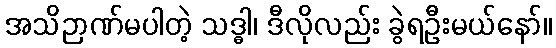
အသိဉာဏ်မပါတဲ့ သဒ္ဓါ၊ ဒီလိုလည်း ခွဲရဦးမယ်နော်။